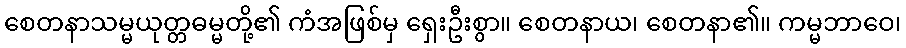
စေတနာသမ္မယုတ္တဓမ္မတို့၏ ကံအဖြစ်မှ ရှေးဦးစွာ။ စေတနာယ၊ စေတနာ၏။ ကမ္မဘာဝေ၊